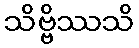
သိဗ္ဗိဿသိ